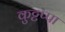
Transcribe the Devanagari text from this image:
कुट्टप्पा